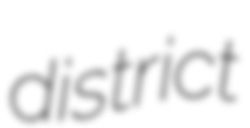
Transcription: district